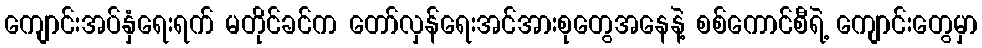
ကျောင်းအပ်နှံရေးရက် မတိုင်ခင်က တော်လှန်ရေးအင်အားစုတွေအနေနဲ့ စစ်ကောင်စီရဲ့ ကျောင်းတွေမှာ